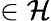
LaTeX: \in\mathcal{H}